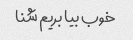
خوب بیا بریم شنا